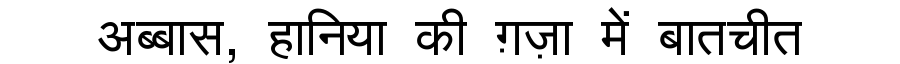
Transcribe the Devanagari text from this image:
अब्बास, हानिया की ग़ज़ा में बातचीत